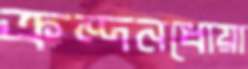
ক্রন্দনধোয়া